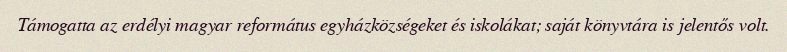
Támogatta az erdélyi magyar református egyházközségeket és iskolákat; saját könyvtára is jelentős volt.